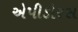
એપીડોરસ